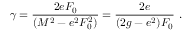
\gamma = \frac { 2 e F _ { 0 } } { ( M ^ { 2 } - e ^ { 2 } F _ { 0 } ^ { 2 } ) } = \frac { 2 e } { ( 2 g - e ^ { 2 } ) F _ { 0 } } \, \, .